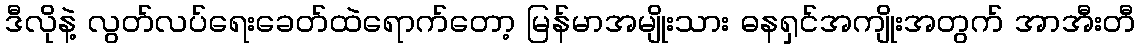
ဒီလိုနဲ့ လွတ်လပ်ရေးခေတ်ထဲရောက်တော့ မြန်မာအမျိုးသား ဓနရှင်အကျိုးအတွက် အာအီးတီ